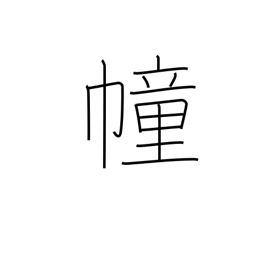
Meaning: flag